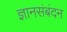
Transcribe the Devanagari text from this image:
ज्ञानसंबंदन